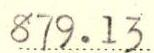
879.13